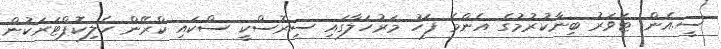
ސީ.އެން. ޓަވަރު ބިނާކުރުމުގެ އެންމެ ފަހު މަރުހަލާގައި ސިރޮސްކީ ސްކައި ކްރޭން ހެލިކޮޕްޓަރަކުން